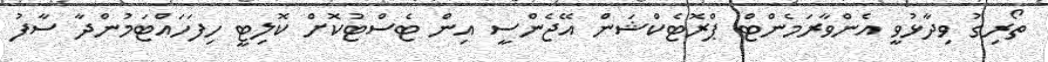
ތޯރިގު ވިދާޅުވީ އެންވާރަމެންޓް ޕްރޮޓެކްޝަން އޭޖެންސީ އިން ޓެސްޓުކޮށް ކޮލިޓީ ހިފަހައްޓަމުންދާ ސާފު